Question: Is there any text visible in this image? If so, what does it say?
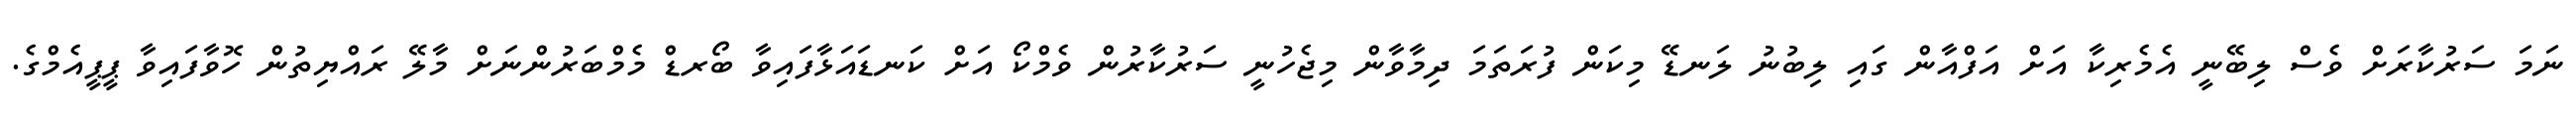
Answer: ނަމަ ސަރުކާރަށް ވެސް ލިބޭނީ އެމެރިކާ އަށް އަފްއާން ގައި ލިބުނު ލަނޑޭ މިކަން ފުރަތަމަ ދިމާވާން މިޖެހުނީ ސަރުކާރުން ވެމްކޯ އަށް ކަނޑައަޅާފައިވާ ބޯރޑް މެމްބަރުންނަށް މާލޭ ރައްޔިތުން ހޮވާފައިވާ ޕީޕީއެމްގެ.